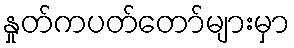
နှုတ်ကပတ်တော်များမှာ